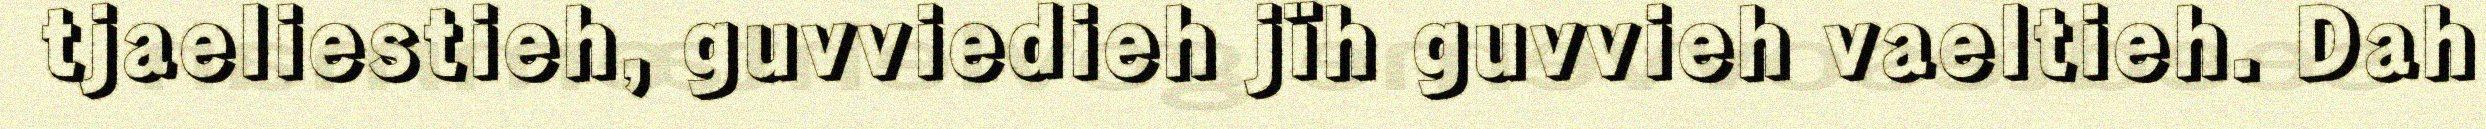
tjaeliestieh, guvviedieh jïh guvvieh vaeltieh. Dah